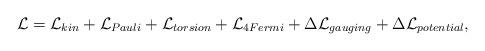
LaTeX: \begin{align*}{\cal L}={\cal L}_{kin}+{\cal L}_{Pauli}+{\cal L}_{torsion}+{\cal L}_{4Fermi}+\Delta {\cal L}_{gauging}+\Delta {\cal L}_{potential},\end{align*}